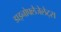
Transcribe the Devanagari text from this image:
डाइनोफ्लैजेलेट्स